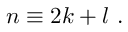
n \equiv 2 k + l ~ .